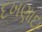
દખણાદા